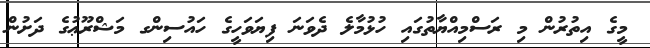
މީގެ އިތުރުން މި ރަސްމިއްޔާތުގައި ހުޅުމާލެ ދެވަނަ ފިޔަވަހީގެ ހައުސިންގ މަޝްރޫޢުގެ ދަށުން